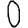
Digit: 0